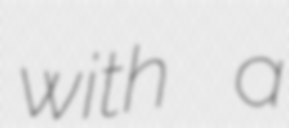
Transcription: with a